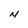
Character: N